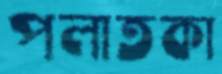
পলাতকা